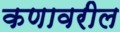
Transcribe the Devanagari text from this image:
कणावरील